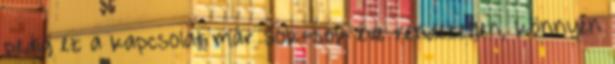
pedig ez a kapcsolat már sok-sok éve rendezetlen, könnyen